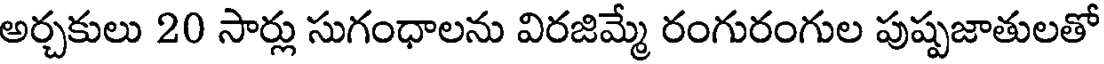
అర్చకులు 20 సార్లు సుగంధాలను విరజిమ్మే రంగురంగుల పుష్పజాతులతో